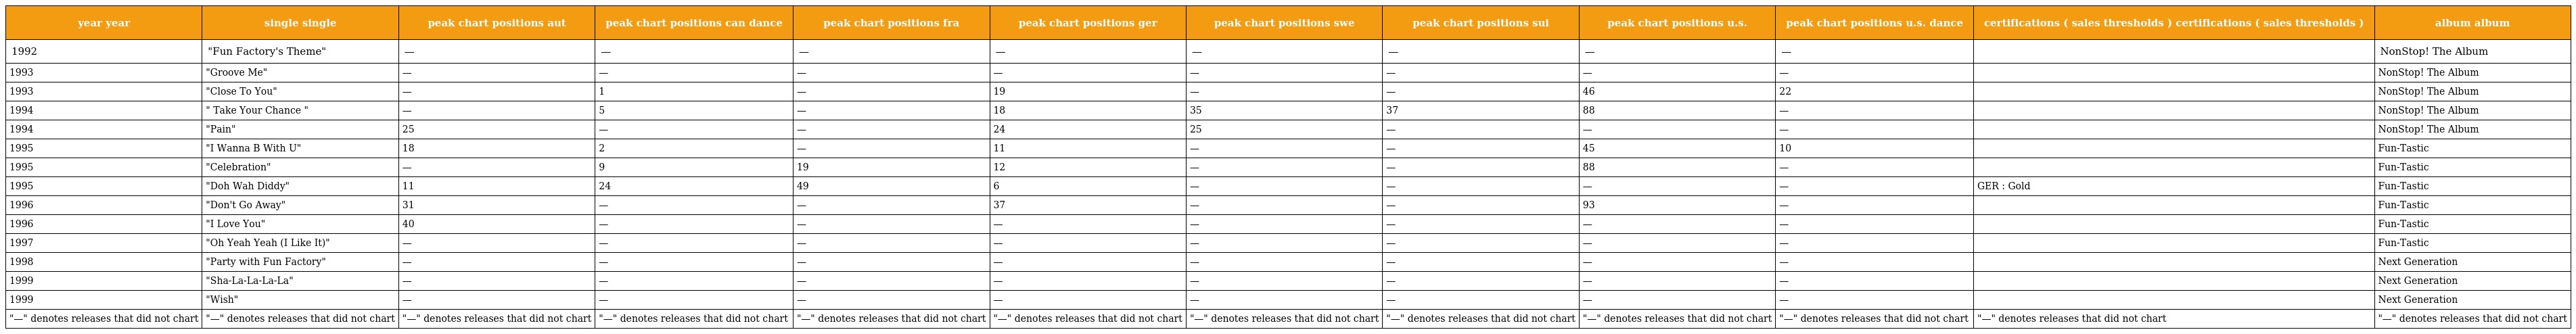
| year year | single single | peak chart positions aut | peak chart positions can dance | peak chart positions fra | peak chart positions ger | peak chart positions swe | peak chart positions sui | peak chart positions u.s. | peak chart positions u.s. dance | certifications ( sales thresholds ) certifications ( sales thresholds ) | album album |
 | --- | --- | --- | --- | --- | --- | --- | --- | --- | --- | --- | --- |
 | 1992 | "Fun Factory's Theme" | — | — | — | — | — | — | — | — |  | NonStop! The Album |
 | 1993 | "Groove Me" | — | — | — | — | — | — | — | — |  | NonStop! The Album |
 | 1993 | "Close To You" | — | 1 | — | 19 | — | — | 46 | 22 |  | NonStop! The Album |
 | 1994 | " Take Your Chance " | — | 5 | — | 18 | 35 | 37 | 88 | — |  | NonStop! The Album |
 | 1994 | "Pain" | 25 | — | — | 24 | 25 | — | — | — |  | NonStop! The Album |
 | 1995 | "I Wanna B With U" | 18 | 2 | — | 11 | — | — | 45 | 10 |  | Fun-Tastic |
 | 1995 | "Celebration" | — | 9 | 19 | 12 | — | — | 88 | — |  | Fun-Tastic |
 | 1995 | "Doh Wah Diddy" | 11 | 24 | 49 | 6 | — | — | — | — | GER : Gold | Fun-Tastic |
 | 1996 | "Don't Go Away" | 31 | — | — | 37 | — | — | 93 | — |  | Fun-Tastic |
 | 1996 | "I Love You" | 40 | — | — | — | — | — | — | — |  | Fun-Tastic |
 | 1997 | "Oh Yeah Yeah (I Like It)" | — | — | — | — | — | — | — | — |  | Fun-Tastic |
 | 1998 | "Party with Fun Factory" | — | — | — | — | — | — | — | — |  | Next Generation |
 | 1999 | "Sha-La-La-La-La" | — | — | — | — | — | — | — | — |  | Next Generation |
 | 1999 | "Wish" | — | — | — | — | — | — | — | — |  | Next Generation |
 | "—" denotes releases that did not chart | "—" denotes releases that did not chart | "—" denotes releases that did not chart | "—" denotes releases that did not chart | "—" denotes releases that did not chart | "—" denotes releases that did not chart | "—" denotes releases that did not chart | "—" denotes releases that did not chart | "—" denotes releases that did not chart | "—" denotes releases that did not chart | "—" denotes releases that did not chart | "—" denotes releases that did not chart |